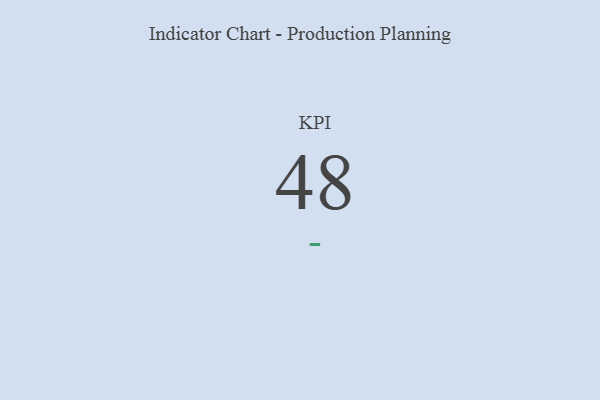
{"axis": {"x": "KPI", "y": "Value"}, "legend": [""], "data": [{"x": "KPI", "y": 48, "type": ""}]}